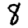
Digit: 8